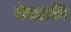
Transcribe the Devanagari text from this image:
नेपलकी